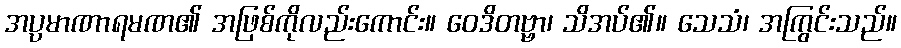
အပ္ပမာဏာရမဏ၏ အဖြစ်ကိုလည်းကောင်း။ ဝေဒိတဗ္ဗာ၊ သိအပ်၏။ သေသံ၊ အကြွင်းသည်။